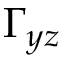
\Gamma _ { y z }